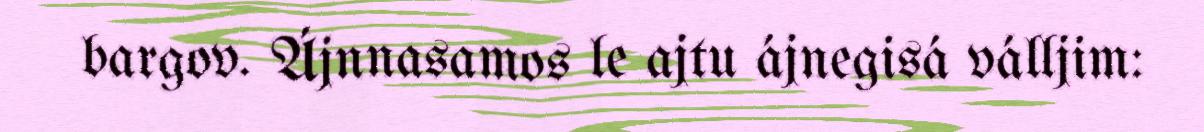
bargov. Ájnnasamos le ajtu ájnegisá válljim: